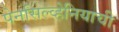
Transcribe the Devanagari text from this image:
पेनसिल्व्हेनियाची